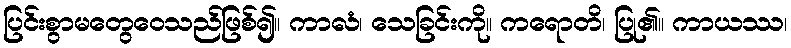
ပြင်းစွာမတွေဝေသည်ဖြစ်၍။ ကာလံ၊ သေခြင်းကို။ ကရောတိ၊ ပြု၏။ ကာယဿ၊